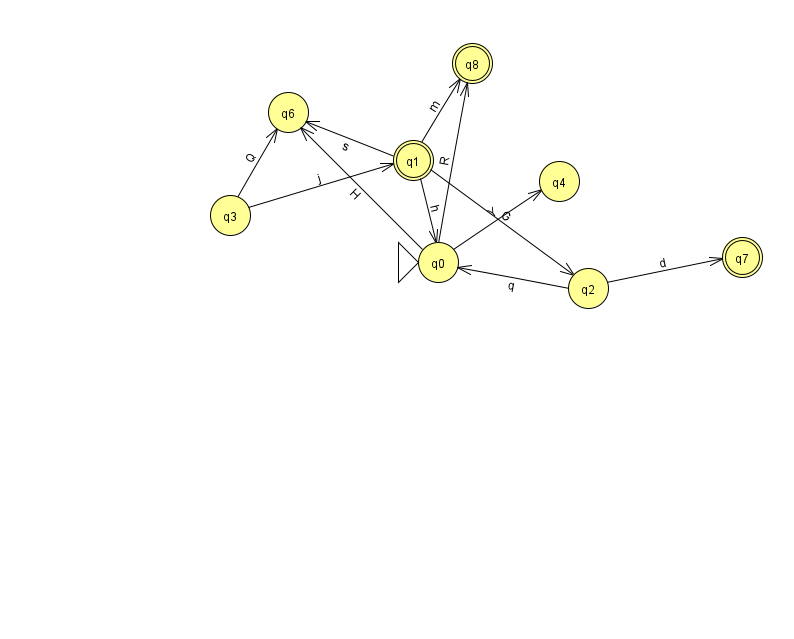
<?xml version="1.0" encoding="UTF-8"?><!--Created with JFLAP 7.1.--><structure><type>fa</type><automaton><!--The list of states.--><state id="0" name="q0"><x>438.0</x><y>249.0</y><initial/></state><state id="1" name="q1"><x>413.0</x><y>147.0</y><final/></state><state id="2" name="q2"><x>588.0</x><y>275.0</y></state><state id="3" name="q3"><x>230.0</x><y>202.0</y></state><state id="4" name="q4"><x>559.0</x><y>168.0</y></state><state id="6" name="q6"><x>288.0</x><y>99.0</y></state><state id="7" name="q7"><x>742.0</x><y>244.0</y><final/></state><state id="8" name="q8"><x>472.0</x><y>50.0</y><final/></state><!--The list of transitions.--><transition><from>2</from><to>7</to><read>d</read></transition><transition><from>3</from><to>1</to><read>j</read></transition><transition><from>2</from><to>0</to><read>q</read></transition><transition><from>3</from><to>6</to><read>Q</read></transition><transition><from>0</from><to>8</to><read>R</read></transition><transition><from>1</from><to>0</to><read>h</read></transition><transition><from>0</from><to>4</to><read>Y</read></transition><transition><from>1</from><to>8</to><read>m</read></transition><transition><from>0</from><to>6</to><read>H</read></transition><transition><from>1</from><to>2</to><read>G</read></transition><transition><from>1</from><to>6</to><read>s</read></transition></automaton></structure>